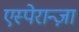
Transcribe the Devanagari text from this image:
एस्पेरान्ज़ा